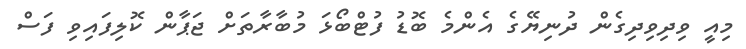
މިއީ ވިދިވިދިގެން ދުނިޔޭގެ އެންމެ ބޮޑު ފުޓްބޯޅަ މުބާރާތަށް ޖަޕާން ކޮލިފައިވި ފަސް